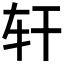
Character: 𢆐